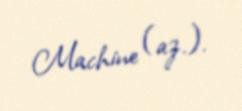
Machine (az.).